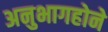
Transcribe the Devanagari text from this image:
अनुभागहोने